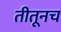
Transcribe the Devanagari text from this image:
तीतूनच